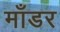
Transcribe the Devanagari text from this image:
माँडर